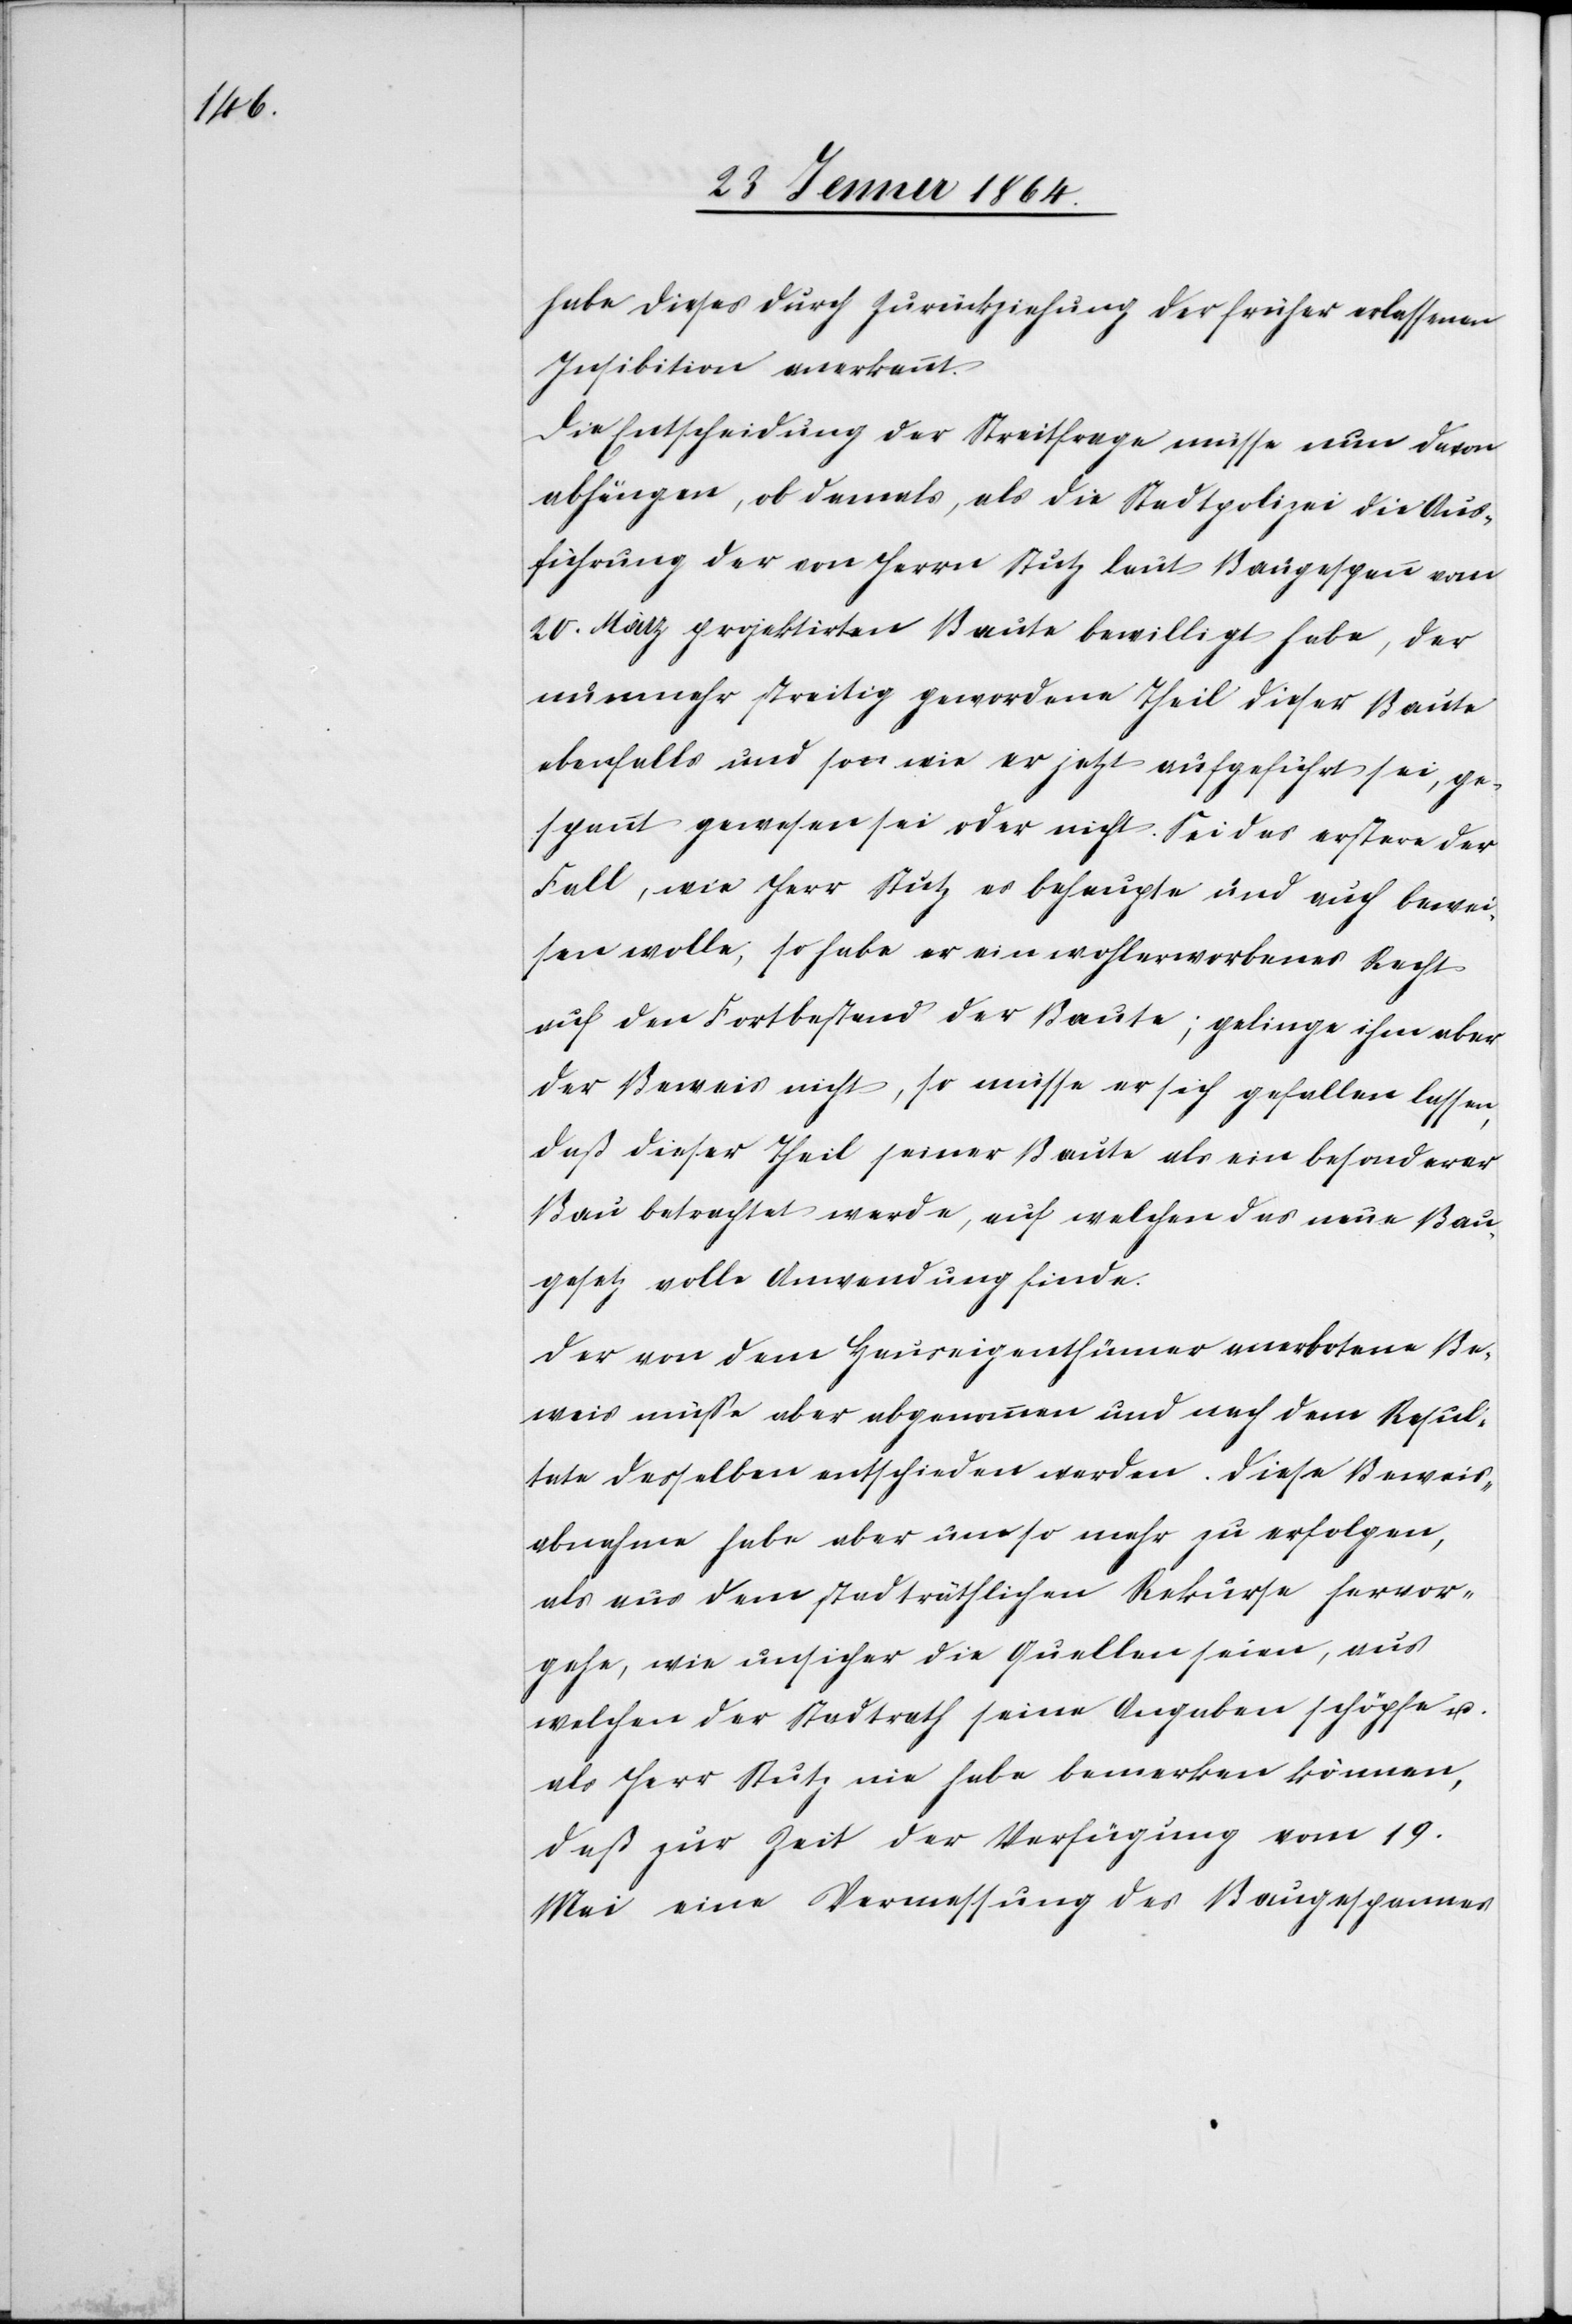
habe dieses durch Zurückziehung der früher erlassenen
Inhibitionen anerkannt.
Die Entscheidung der Streitfrage müsse nun davon
abhängen, ob damals, als die Stadtpolizei die Aus¬
führung der von Herrn Stutz laut Baugespann vom
20. März projektirten Baute bewilligt habe, der
nunmehr streitig gewordene Theil dieser Baute
ebenfalls und so wie er jetzt aufgeführt sei, ge¬
spannt gewesen sei oder nicht. Sei das erstere der
Fall, wie Herr Stutz es behaupte und auch bewei¬
sen wolle, so habe er ein wohlerworbenes Recht
auf den Fortbestand der Baute; gelinge ihm aber
der Beweis nicht, so müsse er sich gefallen lassen,
daß dieser Theil seiner Baute als ein besonderer
Bau betrachtet werde, auf welchen das neue Bau¬
gesetz volle Anwendung finde.
Der von dem Hauseigenthümer anerbotene Be¬
weis müsse aber abgenommen und nach dem Resul¬
tate desselben entschieden werden. Diese Beweis¬
abnahme habe aber umso mehr zu erfolgen,
als aus dem stadträthlichen Rekurse hervor¬
gehe, wie unsicher die Quellen seien, aus
welchen der Stadtrath seine Angaben schöpfe u.
als Herr Stutz nie habe bemerken können,
daß zur Zeit der Verfügung vom 19.
Mai eine Vermessung des Baugespannes